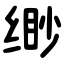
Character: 缈